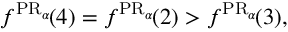
f ^ { \operatorname { P R } _ { \alpha } \! } ( 4 ) = f ^ { \operatorname { P R } _ { \alpha } \! } ( 2 ) > f ^ { \operatorname { P R } _ { \alpha } \! } ( 3 ) ,